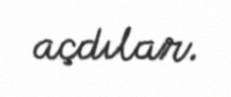
açdılar.